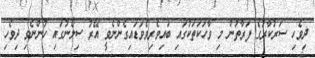
ދިވެހި ސަރުކާރުގެ ފަރާތުން މި ވާހަކަތަކުގައި ބައިވެރިވެވަޑައިގެންނެވީ އޭރު ސިލޯނުގައި ހުންނެވި ދިވެހި